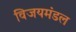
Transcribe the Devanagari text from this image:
विजयमंडल